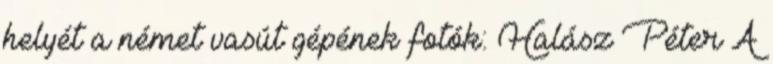
helyét a német vasút gépének fotók: Halász Péter A